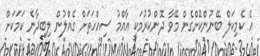
އެ ކެމިކަލް ބޭނުންކޮށްގެން މޭވާ ދޮންކުރުމަކީ އާއްމު ސިއްހަތަށް ގެއްލުން ލިބިދާނެ ކަމަކަށް